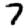
Digit: 7